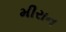
મીરાન